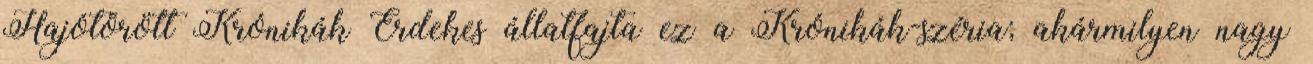
Hajótörött Krónikák Érdekes állatfajta ez a Krónikák-széria; akármilyen nagy